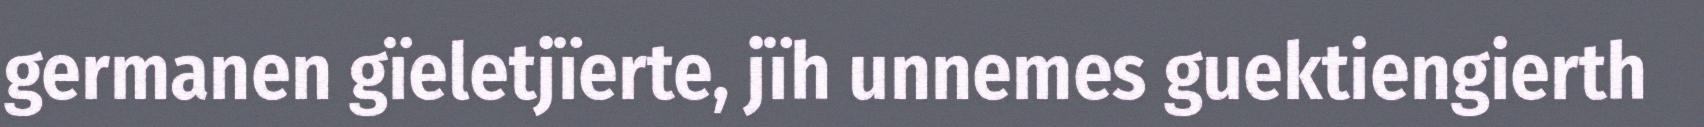
germanen gïeletjïerte, jïh unnemes guektiengierth